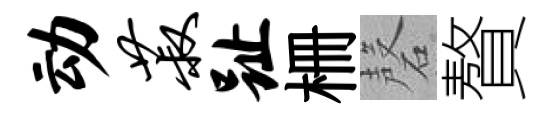
动菽趾栅磬贅